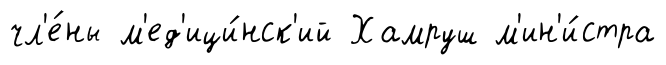
чл'е́ны м'ед'ици́нск'ий Хамруш м'ин'и́стра